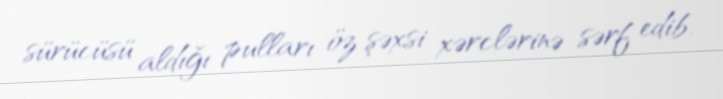
sürücüsü aldığı pulları öz şəxsi xərclərinə sərf edib.